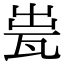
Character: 𤬼